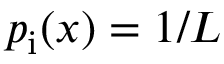
p _ { \mathrm { i } } ( x ) = 1 / L